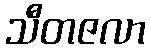
သီတဇလာ